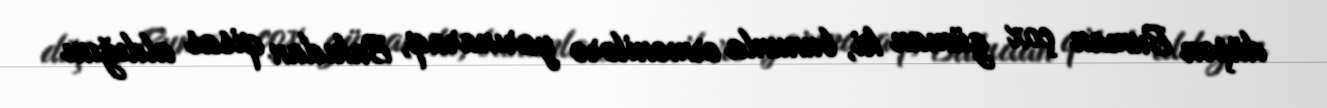
düşən Buman çox güman ki, bununla ermənilərə yarınaraq, Bakıdan qisas aldığını